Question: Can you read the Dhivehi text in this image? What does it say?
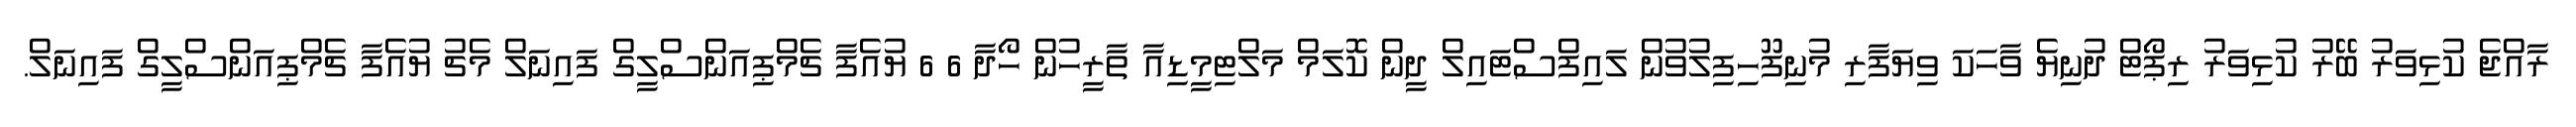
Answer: ރާއްޖެ ކުޅިވަރު ބޭރު ކުޅިވަރު ރިޕޯޓް ދުނިޔެ ވާހަކަ ވިޔަފާރި މުނިފޫހިފިލުވުން ލައިފްސްޓައިލް ދީން ކޮލަމް މަލްޓިމީޑިއާ ތާރީހުން ހޯދާ 6 6 ޔުއެފާ ޗެމްޕިއަންސްލީގް ފައިނަލް މެޗު ޔުއެފާ ޗެމްޕިއަންސްލީގް ފައިނަލް.